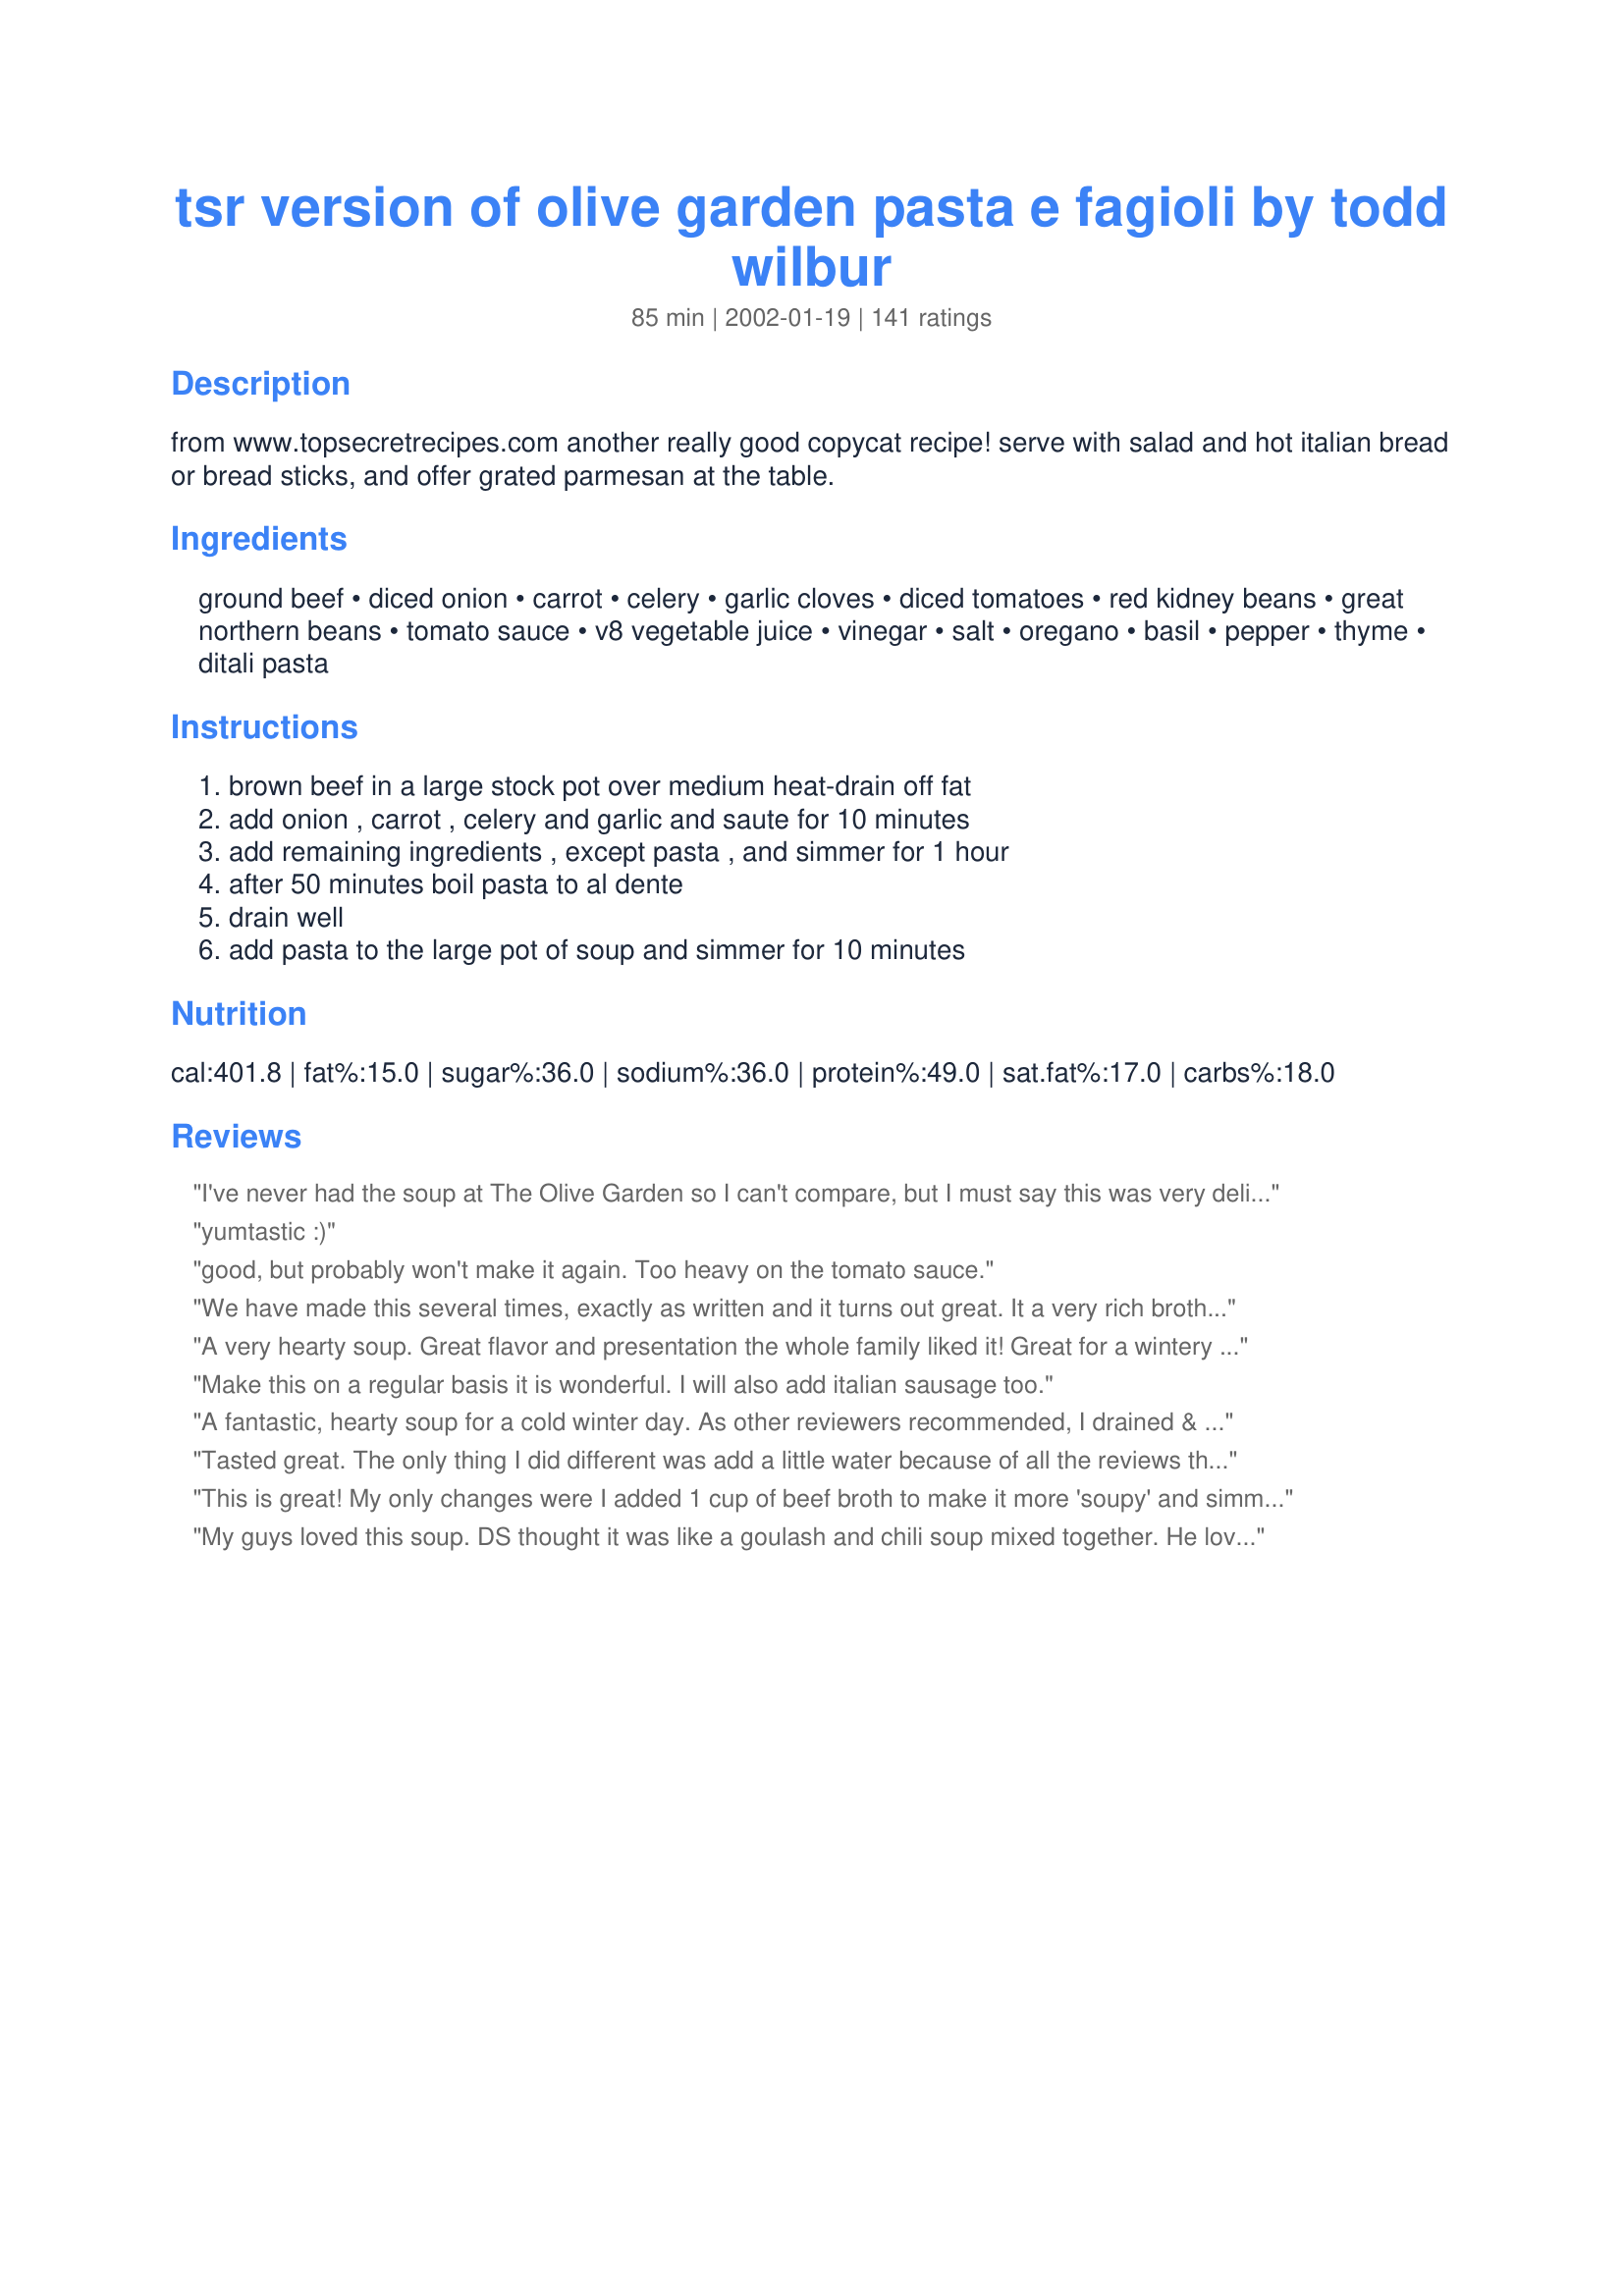
tsr version of olive garden pasta e fagioli by todd wilbur
Preparation time: 85 minutes

from www.topsecretrecipes.com another really good copycat recipe! serve with salad and hot italian bread or bread sticks, and offer grated parmesan at the table.

Ingredients:
ground beef, diced onion, carrot, celery, garlic cloves, diced tomatoes, red kidney beans, great northern beans, tomato sauce, v8 vegetable juice, vinegar, salt, oregano, basil, pepper, thyme, ditali pasta

Steps:
brown beef in a large stock pot over medium heat-drain off fat, add onion , carrot , celery and garlic and saute for 10 minutes, add remaining ingredients , except pasta , and simmer for 1 hour, after 50 minutes boil pasta to al dente, drain well, add pasta to the large pot of soup and simmer for 10 minutes

Reviews:
I've never had the soup at The Olive Garden so I can't compare, but I must say this was very delicious. Thank you for sharing the recipe.
yumtastic :)
good, but probably won't make it again. Too heavy on the tomato sauce.
We have made this several times, exactly as written and it turns out great. It a very rich broth and tends to get quite thick, particularly the left overs. I just add a bit of water to thin it out. I also add chopped zucchini...I think it adds a nice texture and it looks and tastes great. Thanks for sharing!
A very hearty soup. Great flavor and presentation the whole family liked it! Great for a wintery day!
Make this on a regular basis it is wonderful. I will also add italian sausage too.
A fantastic, hearty soup for a cold winter day. As other reviewers recommended, I drained & rinsed the beans & didn't use the liquid. I also cut back a bit on the salt. A definite "make again".
Tasted great. The only thing I did different was add a little water because of all the reviews that said it was too thick. Glad I did because there wasn't much liquid to make it soupy. I think next time I will add another V-8 and water and more seasonings becuase the leftovers have no liquid. I guess the pasta soaked it all up. Definitely will be making again. Thanks
This is great! My only changes were I added 1 cup of beef broth to make it more 'soupy' and simmered for 2 1/2 hours, I like my veggies cooked, not crunchy! Yummy topped with Parmesean cheese!! *****
My guys loved this soup. DS thought it was like a goulash and chili soup mixed together. He loved it. DH did too. They thought the leftovers the next day were just as good if not better. Thank you for sharing with us.
This is a really delicious soup, with a very silky mouthfeel. The only think I'll do different next time is add some broth/liquid - I added extra V8 but it still came out with more like a chili or stew consistency.
Excellent Soup
I used 2 cans of V8 otherwise was too thick for me otherwise it's perfect
This was really good and my guests loved it! I doubled the recipe and used a little over a pound of Italian sausage--both the hot and the mild. The remainder of the meat was ground chuck. I also substituted some fresh tomato for part of the canned. In place of the basil, I used some pesto seasoning which contained basil, garlic and parsley. I used tri-colored rotini instead of the ditali. Also, I used more garlic than the recipe required. I did add the cooked pasta to the pot. It was more like a stew so next time I will serve the soup over the pasta. I served this with a romaine, broccoli, baby Swiss cheese, and cashew salad. I made a poppy seed salad dressing of white wine vinegar/sugar/Dijon mustard/and onion. I also served toasted French bread slathered with virgin olive oil and sprinkled with mozzarella cheese.
This one is a keeper!
Thanks DiBs!! Chef Judi Coleman
I really enjoyed this recipe. It got a bit too thick for me, so I think next time I will add a bit more liquid, but other than that, it tasted just like Olive Garden's version. Thanks so much for sharing this recipe!!
This soup was so awsome my whole family loved it! My Husband said it was way better than Olive Gardens. I made a double batch and like some of the suggestions I added more V-8 Juice. I bought the big jug and used the whole thing, it was still very thick and yummy. I didn't follow the measurement exactly but it was pretty close for example my onion was large so it was closer to 2 3/4 cups etc. This soup is so simple It's pretty fool proof. Thank you for this great new recipe
This is such a great recipe. I have been making this for years. I am a vegetarian so I use crumbles for the ground beef. I also very rarely use the pasta, I feel that the soup just does not need it. I also use a can a vegetable broth to thin out the soup. If I have some on the counter, I will throw in some red wine as well. This is a KEEPER!!!!!
Would give this 10 stars if I could. Excellent and the leftovers were even better. I used Hot and Spicy V8 and used 24 oz instead of what the recipe asked for. I also added crushed red pepper because we like the kick. Thank you for the great recipe, I definately will be making it again and again!!!!
Love this! I get this whenever I go to Olive Garden. Now I can make it at home anytime!
This dish was great!! I have never had the Olive Garden version, so I don't have that to compare it to. I omitted the meat from this, and loaded up the beans. I served it with fresh grated parmesan cheese on top. I made recipe #27085 on the side. Thanks for posting such a great recipes.
Love it, love it !!! So good. The only thing I did differently is that I added a can of beef stock to give me a little more juice.
For some reason mine was more "stew" like than "soup" like. Maybe the one hour cook time was too long?

I'm not going to rate this since I didn't have all the ingredients that were supposed to go into it. My onions went bad, so I didn't have them, and I didn't have the carrots either. Also, my garlic wasn't as fresh as it should be. The actual taste of mine turned out to be kind of a disappointment though. It was okay. I think the main thing was that there was too many beans.

I would make this one again, but next time I'll have all the ingredients on hand, but I think I'll leave out the kidney beans, and maybe add another can of tomato sauce so it's more soupy.
last night my bother and sister-in-law had a party, and this is the dish that we brought. We converted it to 20 servings using the useful update feature. Everyone, including the children, loved it. In fact, my sister is back at my brother's now eating some. it is a great recipe and i have made this numerous times already.
FANTASTIC! Possibly the best soup I've ever made!
I always get this soup when I go to Olive Garden. I haven't had too much satisfaction with trying other copy-cat recipes but this one was excellent and tastes very much like the real thing. Easier to make than you would think and what incredible flavor. Thanks for posting this.
Absolutely amazing! i do agree to add the extra V-8 juice, and personally add 1/2 a can of beef broth. It adds some very nice richness and gives more broth, but still a terrific recipe.
Wonderful!! Just like Olive Garden!!
This recipe is outstanding. Tastes just like Olive Garden's soup! The store didn't have any great northern beans so I substituted butter beans. I also added an extra can of V-8 since I like it soupy. Turned out really well! Thanks for posting it and I will definitely make it again!
I added a little more pasta and a little more beef which makes it hearty. This is better than Olive Garden's.
Wow this tastes just like Olive Garden's soup. I made it both Friday and Sunday and both times between my son and I we finished the entired pot in two days time!
Thank you, Thank you, Thank you! I had a wonderful dinner and then a wonderful Lunch. While I still froze a small bag, I think I might double this, just to make sure I'll have enough on hand. I put it together in my crockpot and came home to a wonderful aroma and no fuss. I used the 2 cans of V8 as most people suggested and thought that was a good call for soupy texture, but I love stoup any day of the week. So I just put the pasta in an hour before eating. Thanks for another wonderful Post DIB's
This is one great recipe. DH is still talking about how good it was. I made a written and have lots left over. I used spicy V-8 but is great in our eyes. I served it with
Recipe #158557. Great combination.
Okay...I've never eaten at an Olive Garden. (I know, I know.) So, I can't compare. But I DO count calories and fat grams like a freak and I shaved this down to 340 cal and only 3.5g fat per svg by using Honeysuckle turkey breakfast sausage in place of gr beef. Also, I only had a tiny little 5.5 oz can of spicy V-8 so I used that plus I substituted another can of regular tomato sauce and added 4 oz of water to make up more of the liquid amount. I gotta tell you, I will make this again and again! We had reduced fat cresent rolls with our pasta and it really hit the spot! 
Thank you for such a yummy recipe that can be "made over" and still taste HEARTY!
Very good; I served this with a tossed salad and warm garlic/cheese toast. Next time, I will either not add as much pasta or double the broth to make it more "soupier". (is that a real word?) But Diana is definitly ON when it comes to the taste, a true clone of the Olive Garden. Thanks for a great recipe!
LOVED IT - and makes TONS of leftovers. I ignored the reviews that said don't add the pasta to the leftovers, just to each bowl. Sad I didn't listen. If you choose to add it you better have some extra V8 juice, tomato sauce and be prepared to add a bunch of water. Changes the flavor but still good.

A DEFINITE REPEAT! (next time I'll add a little less pasta as well)
Excellent, the whole family loved it! I also did not have digitali pasta and used spiral pasta. Another definite keeper, I may learn to be a cook yet. I did have to look up julienne on the Zaar dictionary to see how the carrots were supposed to be cut, but now I know, like matchsticks. Thanks for the great recipe Diana!
I tried two of the top rated Pasta E Fagioli recipes on recipezaar and found them both to be OK. I guess when I think of Italian I crave cheesy or meaty or spicy... this was more like chunky v-8 juice. I like V-8 juice but for a meal I'd rather eat spaghetti and meatballs or Zuppa Toscana. I hope this review is helpful to others who like to try new things.
I made this recipe as stated except that I put a 46oz bottle of V-8. I also rinsed the noodles of all the starch before adding to the pot. This was a really delicious soup that I will be making again! Thank you for posting!
I made this today and it is as close to the Olive garden recipe that you can get. Absolutely delicious!
Excellent dish. Easy to make and very tasty. Added a little more water to make it more saucy. Next time I might just make it with 2 cans of V-8. Whole family loved it.
Very good, can't compare with Olive Garden, never went there. I had to substitute the V-8, it is not available where I live. I used tomato juice, 1/4 t red pepper flakes, 1 t lemon juice, 1/4 cup each celery, green bell pepper, carrot mixed in the food processer until smooth. If this is not close to the original it made for a very tasty soup nevertheless. Thank You. :)
it was ok,not my favorite tho
Yummy, I make this every month or two. I use the big can (64 oz?) of either V8 or the store brand equivalent, or just plain tomato juice. I freeze extra soup in 2 cup portions and they make a great lunch!
We love soup..And this one has to be the best yet!!I will however use only 1/3 pkg pasta next time as it was too thick and I had to add 5 cups water which watered down the flavor also.But never the less this is the BEST soup!!!Thank U for this recipe,it is now a family favorite....
Oh my yummy goodness!!! This was awesome last night and I'm actually eating some right now for lunch. Next time I will add another can of V-8. I also added some hot pepper sauce. This is wonderful! Thanks.
really good
Wonderful! Very easy! I did double the amount of v8 and didn't have any thyme.
Very flavorful. I left out the tomato sauce because my pot got too full, so it turned out more like pasta than soup, but we really liked it. I used garbanzo beans rather than kidney beans. Thank you DiB!
I would substitute beef broth for half of the tomato sauce. Very good with bread sticks!
I&#039;ve made similar recipes before and also have eaten this Italian Soup in restaurants. I made this using Canneloni beans instead of Great Northerns and also added a small can of Green Lima Beans to the mixture. Their texture holds up well and I&#039;ve had them in this soup before. I used both Ground Beef and Ground Bulk Italian Sausage cooked together and added a couple of extra cloves of garlic. It tastes great but was a little thick. Needs more liquid, maybe another can of V-8 Juice. I also mixed this up and put it in a Crock-Pot before leaving for work and let it cook on low for 8 hours. Made Toasted Garlic Bread to go with it. Topped it with some grated mozzarella and fresh grated Parmesan. It made quite a bit so I let the remainder cool and froze it in small plastic containers, so I can thaw, heat and eat again when I don&#039;t feel like cooking.
I have been doing this recipe for a couple of years now, actually found it on Tom's Top Secret Recipes website. It's delicious! I do omit the celery and replace with one diced green pepper (DH doesn't like celery and the green pepper gives it a sweeter yummy taste!) I also add one additional can of V8 Juice. I cook the pasta on the side, I do not mix it with the soup since it will overcook and just become too bulky. I rather add it in each individual bowl, some family members add more then others :-). It's trully delicious!! I also add more garlic since we love it and it's good for you. THIS IS A MUST TRY FOR ALL, you will not be dissapointed and it's actually better tasting then Olive Garden's!
Out of this world, great simple soup,served it to guests,they thought the same! Fresh warm bread and fresh parmesan. This is an absoulte keeper,and cold weather staple.I too used 2 cans of v-8.
I made this yesterday, and my family and I all loved it! My only changes were to double the V-8 juice and add about a quart of water. PLUS, I cooked the pasta separately and kept it aside. I added it to the amount being served for that meal. I must say next time I will use some other pasta, small seashells or elbows. The ditalini all stuck together and looked like a beehive.
I used this recipe today, and everyone loved it. I did, however, take some culinary license...I used Progresso Minestrone Soup in place of the beans, tomato sauce, v8 and pasta. (I did this only because we have tons of this stuff that I got on sale for the winter only to find out that my Dear Husband no longer likes it.) Anyway, I used all the other ingredients as indicated. He loved it. Also, it only took about half the time. I will be adding the original recipe to my Keepers and will make it from scratch... after I've used all the canned stuff! Thanks for posting.
Really good flavor. It needs about 3 times the amount of liquid. Then when you warm the leftovers it needs even more liquid. I think it would be better with 1/2 the pasta or use the pasta like spaghetti and the remainder as the sauce on top of it. I definitely will cook it again.
Awesome!!! I didn't use v8 juice instead I used vegetable broth, which was a fine substitute it still came out fabulous with a perfect consistency. A fabulous make ahead meal!
This was great! I personally thought that it needed more broth,maybe it was because of the pasta. My celery could have also been done a lot more. But I will make this again! Its a good fix for the O.G.!
This recipe was created by Todd Wilbur, from his book "Top Secret Restaurant Recipes" Penguin/Plume 1997.
This was delicious! I always get this at olive garden and have had this recipe sitting around for it forever until I finally got around to making it. I didnt get to go exactly by the recipe so I cant say if it tastes like olive garden's. I didnt have v8 juice so I just had to add more tomato sauce with some vegetable broth to try to thin the tomato flavor out a bit. It pretty much turned out to taste like a chili that way. But it was very good! I do recommend with others, that it needs more broth to make it more soupy. I would suggest also when simmering to leave the lid on, so it doesnt evaporate as much. Very similar, and I cant wait to make it again going by the recipe to see its authenticity to the real thing!
I, too, got this recipe off the CopyCat recipe site... and followed a link to reviews there. Interestingly, one of the reviews was by an Olive Garden prep cook who noted that OG's recipe did not have vinegar in it but did have cayenne pepper. To make the soup less thick, drain & rinse the canned beans ... they have a thickener in the liquid. This has become an extended family favorite.
I made this last night and I have to say YUM! I made some changes to make it my own but I am sure the way it is listed would be just as delicious. My changes were as follows: 1/2 cup red wine, can beef broth, and I flavored the ground beef with a homemade sausage recipe using very lean ground beef. <br/>I took some of the other reviewers advice and cooked the pasta separately and each person could add what they wanted to their soup. <br/>Day two the soup was even better than the day it was made.<br/>Thank you Dib this was great!
The taste is spot on! It is much thicker than OG&#039;s so I added 4 c chicken broth. Yum!
Loved this soup. Great change from ordinary italian dishes. My husband thinks it taste just like the Olive Garden. Thanks for the recipe!
I made this recipe once and decided to give it another try before I rated it. The first time, it had great flavor but ended up more like stew. So, I added 24oz of v-8 and a whole quart of homemade stewed tomatoes. Much better. Will make again
I made this for dinner tonight. It was a crowd-pleaser. Everyone liked it, and there are plenty of leftovers for another meal. 
Thanks so much!
An excellent pasta e fagioli even made with ground turkey. Enjoyed the sweetness added by carrots.
Wow, My family and I loved this. It makes quite a bit. I changed the recipe just a bit. I used 2 lbs of beef and added 1 Tbls. Splenda and 1/2 tsp. red pepper flakes. I also topped with freshly grated parmesean cheese. YUM :)
Oh Yummy! This is a wonderful, stick to your ribs kind of soup. We loved it!! I shared some with my in-laws and they loved it too. It's a nice, hearty, healthy soup.
Wonderful!!! Even better the next day. This works well for us vegetarians also by omitting the ground beef. Also made the very Easy Olive Garden Breadstick recipe! Yummy!!
My DH always gets nervous when I make soup (I'm a soup lover and he isn't), so he wasn't too enthused about this recipe until he tasted it. He loved it and said it was one of the best I've made. Thank you for this wonderful recipe. Very delicious with salad and garlic bread!
Highly recommend this. It is a meal in itself. Could of added a little more pasta. Will definitely make it again. A five star in my book.
This recipe is every bit as good as the Olive Garden version. I do change one thing...I use a 64 ounce bottle of V-8 juice because the ingredients absorb the liquid rapidly. It is superb!
Everyone I've made this for LOVES IT.
But I have made a few changes, I sometimes use ground turkey instead of ground beef and I add 2 cans of beef broth to make is soupier!
i thought this was better than olive garden. it is very thick, which i like, so it isn't very "soup like."
Taste just like Olive Garden, thanks for sharing
I found this soup to be more like a chili in taste and thickness. I have not tried the Olive Garden version so do not have anything to base a comparison on. I would probably add more V-8 juice to make it more like a soup.
Yum! Loved it!
Very good recipe. Tastes just like Olive Garden's version.
Made one change - I used a 46 oz can of V8. Next time I will double the amount of beans and add more V8 to suit my family's taste. Very satisfying meal!
I am disappointed that I can only give this 5 stars. 

Identical to OG's recipe!! I am serving to MIL and FIL tonight. I am glad that this turned out fantastic!!

I was out of basil, so I omitted. I doubled plus some of the V8 and added a dash or two of Hot sauce.

THanks DiB for a great recipe!
I made this for dinner last night. My husband was not pleased with it to much of a tomato taste to it for him plus he does not like noodles. I used 1 1/2 lbs of ground round and 3 medium carrots. I did find tha it was VERY dry so I had to add 2 15 oz cans of tomato sauce to it and I also added about a can of water, adjusting the seasonings as I went along. I am hoping this is better tonight after the flavors have had time to blend. I do agree with the others, it is a very simple and quick recipe to put together.
Flavor was good, however the recipe calls for 1/2 lb of pasta and I found this to be entirely too much. It made it more like a goulash/casserole type dish. Next time I will add less pasta or leave it out altogether.
I would make this again! It definitely tastes healthy, but in a good way. I worried that it would be overly acidic/pungent, with all of the tomatoes and the vinegar. But I guess that the long simmer time allowed the sweetness from the carrots to balance out the other sharp flavors, and it was very nice.<br/>*I forgot to purchase the V-8, so I used water instead. It was fine, but I can imagine that the veggie juice would add even more yumminess and nutrition! Will use it next time.
What a wonderful and different sauce... Loved it.. I added more v-8 juice towards the end
Very good and easy to make. I followed the recipe other then I didn't have any celery so omited it. Made for a nice hearty soup and a cold winter night. We topped ours with parmesan cheese.
Absolutely great recipe, it does come out thick, so I use both chicken stock and beef stock. I usually make a double batch so I can give it out to some of our older members at the Elks. Everyone LOVES it!!! I also use only small white beans or black beans, as I'm not a fan of kidney beans. Sometimes I use spicy V8 for a little extra kick. Thank you so much for recipe!!!
I thought it was very good. But I also wish I would have added a little more tomato juice or water. It got a little thick the longer it sat. But my family did like it a lot. I could not find the ditali pasta so I substituted another pasta instead.
This has quickly become a family favorite! I used an entire (large) bottle of V-8 to make it just perfect.
Great "stoup"! More stew than a soup, and next time I will add another can of V-8 as many viewers already seem to suggest. Very simple but oh, sooo pleasing. Italian sausage could be nice, substituting ground beef, for change?
This is a great recipe and very easy to make. I reduced the amount of pasta in half and added extra water to thin out. Everyone who has tried this soup loves it. This is my new favorite soup!
This soup is delicious! except you really need to change the amounts. I wanted to fill an 8qt pot, so I added 2 cans of kidney beans, 2 cans of tomato sace, 1 46 oz can of V8 juice (even if you're not making it bigger, it needs more V8 juice), 32 oz of beef broth and cayenne pepper. It definitely needs the pepper!!! Everything else I kept the same, and it was exactly like Olive Garden's!
My family absolutely loved this recipe. It tastes exactly like the soup from the Olive Garden. My children ask me to make it for them weekly.
The best pasta e fagioli, definitely better than Olive Garden. I didn't drain the fat from the meat, I used 80/20 and there really wasn't much fat. I also added some cabernet/merlot, about 3/4 cup. The most important addition was fresh grated parmesan cheese. It's a must! It came out unbelievable.
This a delicious, hearty soup perfect for a cold night. I added ground chilli for extra heat.
I was thinking of making this again soon, and realized, all of the times I've done this, I never reviewed it. I have some minor tweaks, like mild italian sausage instead of ground beef, and apple cider vinegar instead of white, but, other than that, I make it exactly as listed, and everyone loves it. Before moving from Texas, this recipe just stayed hung on the refrigerator for easy access.
Like many others, I added additional liquid (~2 Cups with chicken base). This added some additional flavor. I also added 2 bay leaves. Overall, an excellent recipe, I shared some of the soup with my Olive Garden lunch partners, and they fully approved!! Thanks for sharing.
Oh so good. Don't like kidney beans, so used two cans great northern. Used 2 cans v-8, next time will used 1/3 lb pasta.
I tried this recipe even though I wasn't sure I liked pasta fagioli and I LOVED it! My husband and other adult family loved it as well but the kids weren't crazy about it (the beans). I can't wait to make (eat) it again!
This taste exactly like, if not better than, Olive Garden.
Hello everyone! This is just a notation as I haven&#039;t yet made this yet. I read many of the reviews and noticed quite a few people stating that their broth was rather thick. One way, someone already mentioned by saying to drain and rinse the beans. The other way is to cook the pasta, drain and rinse it, THEN add it to the soup. It will have already given up it&#039;s starch, therefore it won&#039;t thicken up your broth.It&#039;s cold and rainy here in Las Vegas and this is going to be dinner! Hope this helps! Personally, I like my soup on the tick side, so I probably won&#039;t drain and rinse my pasta first, but will instead add a little chicken broth or stock to the soup either while still cooking or whenever I serve leftovers. Hope this helps!
This soup was so tasty. I have no clue if it is like Olive Garden cause I haven't had theirs, but I can say this is so delicious. After reading all the reviews I also chose to go with more liquid. I put in 2 cans of V8 as well as 2 cans of water. 11 1/2 oz cans. The consistency was good with this. As well I didn't put in as much pasta, about 3/4 cup was plenty for the amount of liquid. The flavours were so amazingly good. I let it simmer slowly for about 2 hours. Everyone wanted some to bring home it was that good. Truly enjoyed this one. Thanks a bunch DiB's for posting.
I thought this was delicious. I strained some of the liquid off and served it over noodles instead. We all enjoyed.
This is so easy and inexspensive and my kids love it!
Amazing! I loved this recipie and so did my roommates. I took some of the reviews to heart and added 1tbp of vinegar instead of one tsp. So good! I also substituted turkey meat for beef which is much healthier. Finally, I substitued red wine and beef broth for the v8. I plan on making it again and again. Thx for sharing.
Wonderful recipe. The only substitution I made was to use tomato juice instead of V-8. Just a family preference. This was so hearty and full of great Italian seasonings. I actually thought it was better than the Olive Garden's. Thanks for sharing this. A real favorite of ours.
Really good flavor, but needed more pepper.
I made this as stated in my crockpot (browning the meat first in a skillet. You need a large crockpot for all this soup. In the future I may add another can of V8 in order to have more liquid in the soup. It was excellent and everyone in the house liked it.
I've been making this one for awhile as well, we absolutely love it! I usually use a large can of black beans, not the kidney and northern, yum.
Great Recipe! Wonderful with some crusty bread. Definitely a keeper.
This was a fantastic soup! We've just had it two nights in a row. I followed the recipe almost exactly except added a can rot-tel tomatoes for a little kick and cut back on the pasta a little. This is definately a keeper. Thanks for posting!!
Great recipe! I'm a big fan of Olive Garden's Pasta Fagioli and this fits the bill. I tried another pasta fagioli copycat recipe and was very disappointed. I was not disappointed with this recipe. Big hit with my family too. I did follow other reviewers advice and added an additonal can of V-8 and I increased the vinegar to 1 tbsp. I will definitely be making this again and again.
I love this recipe! I've made it a couple of times now and it's always well received. I've taken to adding an extra can or two of V8 as others have mentioned, but it's really quite good either way. Thanks for posting!!
Delicious leftovers next day.
Lovely recipe. It turned out more like a stew than a soup for me, but it was great just the same (I love stew!). I would maybe recommend adding some cilantro 10 minutes before serving it =) It gives off the most amazing flavor which blends well with everything else.
This is a 5. Easy to make great flavor. I used 2 cans of V-8 juice. With one can it looked to thick.
I accidently added double the amount of tomato sauce..oops! Also added another can of v8 and about a cup of water...still came out thick..BUT...absolutely delicious! I also added some red pepper flakes, while cooking and served with Parm. cheese and garlic bread! Delicious, Delicious, Delicious!
Wonderful-----this is BETTER than the Olive Garden's!!!! I used half sweet sausage and half ground round when I made this yesterday. I intended to freeze the leftovers, but DH wanted a bowl for his lunch pail today and requested we finish it tomorrow night! THANK YOU SO MUCH for this terrific recipe! This is going to be a real standby on our winter menu plan!
Delicious! I have never had The Olive Garden's version, but I thought I would give it a try because of all the rave reviews. I added an exra can of V8 per the suggestion of a few people, and I think it was thick like a good chili. Maybe next time I will cut down on the simmer time by 10 minutes. I will definitely make this again. Thanks!
Diana, this is an excellent, hearty and filling soup! I wouldn't change a thing. It is very much, if not exactly like the Pasta e Fagioli served at Olive Garden. Very easy to prepare. I served it with tossed green salad and Italian bread. I will be keeping this recipe close at hand! Thanks so much for sharing this, Diana!
I got this off the Top Secret Recipe site about two years ago, and have since made it at least a dozen times. It is EXACTLY like the Olive Garden's, and we love it! It has a lot of ingredients, but it's really very easy to make.
The reason I am giving this recipe 4 stars. To me it is more of a stew than a soup. Next time I will add water to make it more of a soup. I froze the leftovers for lunch. Only need to add water to reheat. I will make this recipe again..
I did not add the tomato sauce but did double up on the V8. I also needed to add V8 whenever I served this soup after efrigeration. I also did not add the pasta to the soup until ready to serve, as the pasta seemed to absorb the broth. "Delicious" said my 17 year old daughter who, so far, has been quite finicky when it comes to soup, which I love to make and eat.
This is so close to the Olive Garden that I may never bother ordering it there again! I've ordered Pasta Fagiole soup at OG for years and experimented with several recipes. This one is definitely a keeper.
EXCELLENT!! EXCELLENT!! EXCELLENT!! ... what more is there to say other than PERFECT!! Thanks!!!
Thank you.
This is even better than Olive Gardens. My family and friends loved it! I did add more garlic than called for(it was about to go bad so I used all I had 6cloves and used dice tomatoes with basil already in it.
Entire family loved it! Only used 1/2 lb meat, and added whatever veggies I had in the fridge, and also added a little extra tomato juice. I probably doubled or tripled the vinegar for a little punch. Leftovers were great!
Love this one. We have it at least once a month!! It is better than Olive Garden!
This recipe turned out great! I only had a can of crushed tomatoes so I added a couple of roma tomatoes but didnt change the recipe other then that. The recipe was easy to make and really tasty. I will absolutely try this again! Thank You Dib's!
One of the best soup recipes I have ever made. Taste's exactly like Olive Garden's soup!
Never had the Pasta Fagioli at the Olive Garden ,but this is so good. I made the Cheesy Italian Monkey Bread to go with it, and am I glad I did.Made way too much and ate every bit!<br/> Thanks for sharing Dibs.
Very popular with my gang. My 2 year old ate 3 bowls!
I don't eat Olive Garden's soup so I don't know how it compares, but this recipe is delicious! I used ground soy "meat" instead of ground beef. One great spicy soup!
We love this soup. I found it to be very chili-like in taste and texture. My only issue was that it was a bit short on liquid even after adding extra V-8. Next time I will use less pasta, also. Excellent!
I guess I won't have to post this :) What else is there than a bowl of this soup, a glass of Merlot and some really good bread? This is a recipe of mine, in my recipe file as well. Don't change a thing!
Fantastic ... I added more vinegar but one of the BEST copycat recipes on this site!
I used the Spicy V-8 and we loved it!
We loved this, I had to almost triple the V8, put no problem, I also had to substitute pinto beans for the great northern because that's all I had, but we still loved it! Thanx for posting
Tastes just like OG!! Family loves it too. This is going into The Soup Nazi's recipe vault!!
Dynamite!! I eat at the Olive Garden all the time my favorite meal is the Pasta e Fagioli soup, salad, and breadsticks. Not only did I find the soup recipe on Recipezaar, I found the house dressing recipe. All I needed was Dean Martin singing in the background. This recipe is a lot heavier than their soup so I, like others used 2 cans V8, I used a couple of cans of Knorr chicken broth and reseasoned the soup. I agree that the cooked pasta sould be added to the bowl right before serving. I also added a little of my favorite hot sauce. Thank you Diane.
I had a craving for this soup, but heeded the reviewer warnings about liquid. I doubled the V-8, and added 1 cup beef broth. I drained and rinsed my beans, as I do not like the texture of the slimy liquid (yuck). What I had on hand was kidney beans and red beans, I don't think I cared for the taste of the red beans in this soup. I also used way less pasta, since I am dieting. This really hit the spot, but it thickens over time, had to add more V-8 for leftovers. A wonderfully filling soup on a cold night, thanks!
This pasta fagioli is so delicious, everyone who tries it asks me for the recipe. I am not a very experience cook, and it came out perfect the very first time I tried it. I HIGHLY recommend it! I also added some water (approximately 4 cups) as it began to absorb all the liquid, but you can also add more V8 juice. I like things spicy, so I also add some Emeril's essence or Baby Bam, whichever I have available. Please try this, you won't regret it.
This is the closest you will get to Olive Gardens as a matter of fact in a side by side taste test you might not even be able to tell the difference!
